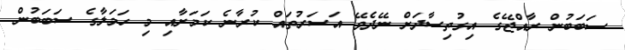
ސަބަބުން ރާއްޖޭގެ އިގުތިސާދަށް ނޭދެވޭ އަސަރުތައް ކުރާނެ ކަމަށާއި މި ހަމަލާގެ ސަބަބުން